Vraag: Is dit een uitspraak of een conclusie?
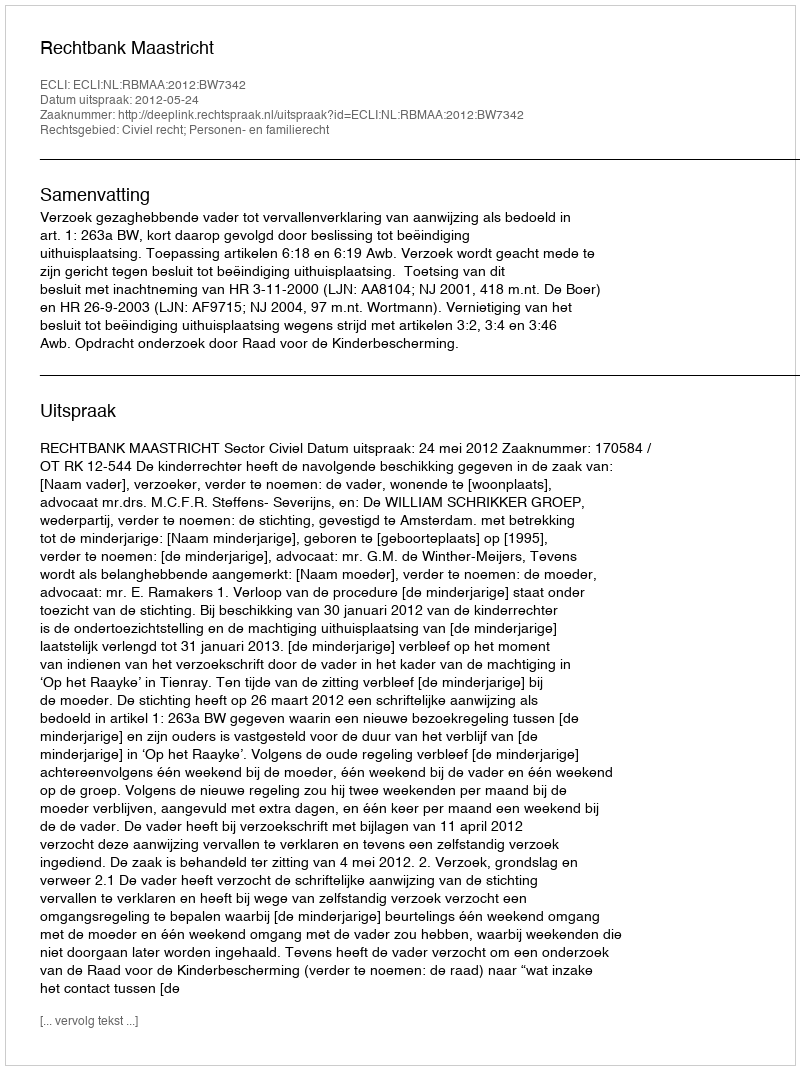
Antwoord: Uitspraak